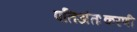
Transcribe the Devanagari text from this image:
पतिअंतःकरणी